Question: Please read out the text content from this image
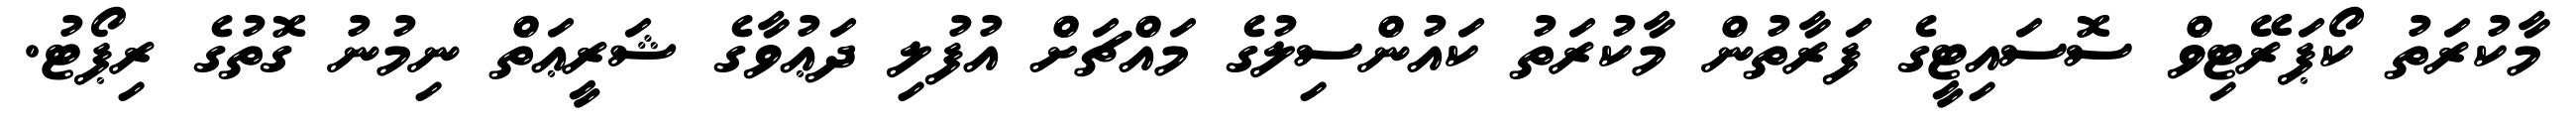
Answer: މާކުރަތު ކޯޕަރޭޓިވް ސޮސައިޓީގެ ފަރާތުން މާކުރަތު ކައުންސިލުގެ މައްޗަށް އުފުލި ދަޢުވާގެ ޝަރީޢަތް ނިމުނު ގޮތުގެ ރިޕޯޓު.